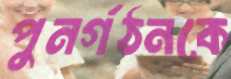
পুনর্গঠনকে